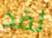
لقد